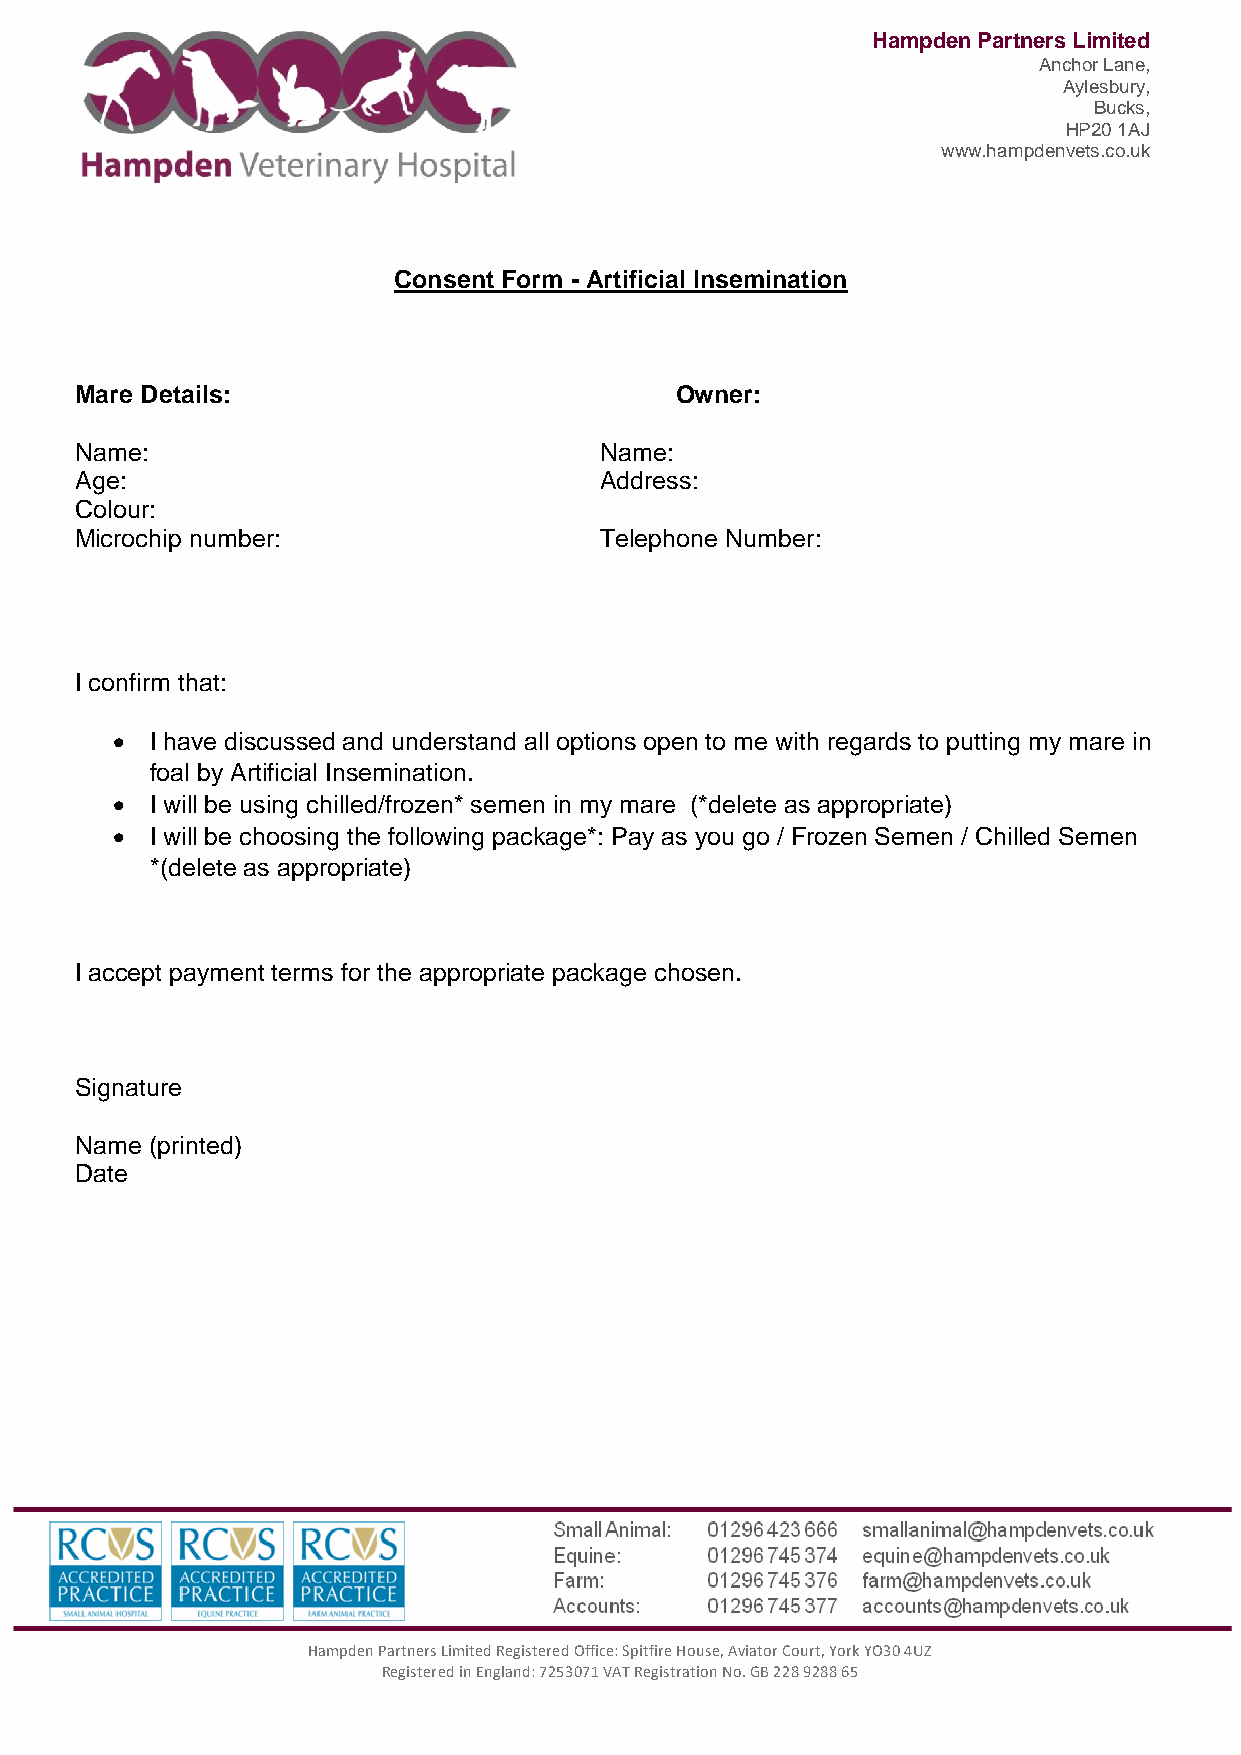
Hampden Partners Limited
 Anchor Lane,
 Aylesbury,
 Bucks,
 HP20 1AJ
 www.hampdenvets.co.uk
 Consent Form - Artificial Insemination
 Mare Details:                           Owner:
 Name:                              Name:
 Age:                               Address:
 Colour:
 Microchip number:                  Telephone Number:
 I confirm that:
   I have discussed and understand all options open to me with regards to putting my mare in
 foal by Artificial Insemination.
   I will be using chilled/frozen* semen in my mare (*delete as appropriate)
   I will be choosing the following package*: Pay as you go / Frozen Semen / Chilled Semen
 *(delete as appropriate)
 I accept payment terms for the appropriate package chosen.
 Signature
 Name (printed)
 Date
 Hampden Partners Limited Registered Office: Spitfire House, Aviator Court, York YO30 4UZ
 Registered in England: 7253071 VAT Registration No. GB 228 9288 65